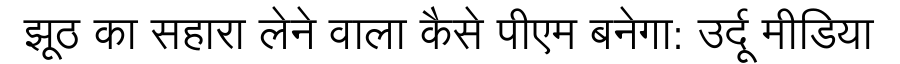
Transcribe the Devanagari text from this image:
झूठ का सहारा लेने वाला कैसे पीएम बनेगा: उर्दू मीडिया